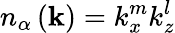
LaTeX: n_{\alpha}\left(\mathbf{k}\right)=k_{x}^{m}k_{z}^{l}